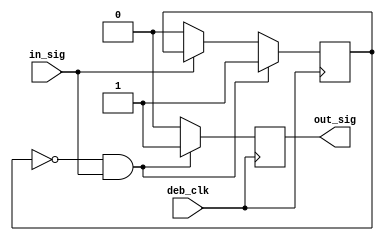
module redb (in_sig, out_sig, deb_clk);

input wire in_sig, deb_clk;
output reg out_sig;

reg prev;

initial begin
  prev <= 0;
  out_sig <= 0;
end

always @(posedge deb_clk) begin
  if (prev == 0 && in_sig == 1) begin
    out_sig <= 1;
    prev <= 1;
  end else if (in_sig == 0) begin
    prev <= 0;
    out_sig <= 0;
  end else
    out_sig <= 0;
end
    
endmodule